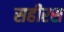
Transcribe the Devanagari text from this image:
सहीरस